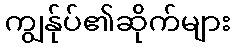
ကျွန်ုပ်၏ဆိုက်များ